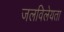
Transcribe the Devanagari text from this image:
जलविलेयता